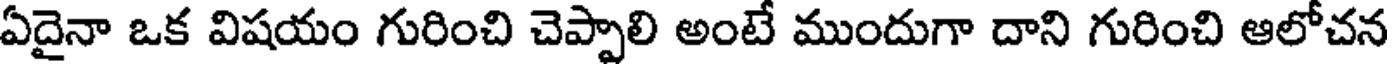
ఏదైనా ఒక విషయం గురించి చెప్పాలి అంటే ముందుగా దాని గురించి ఆలోచన